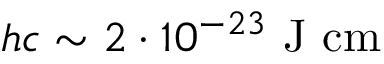
\ h c \sim 2 \cdot 1 0 ^ { - 2 3 } \ \mathrm { J } \ \mathrm { c m }